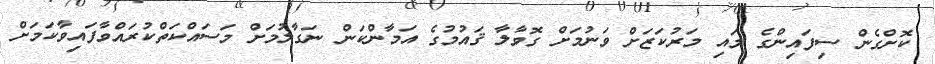
ކޮށްގެން ސިފައިންގެ މައި މަރުކަޒަށް ވަނުމަށް ގޮވާލާ ޤައުމުގެ އަމާންކަން ނަގާލުމަށް މަސައްކަތްކުރައްވާފައިވާކަމަށް